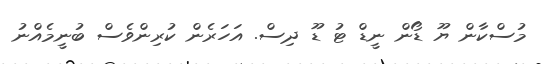
މުސްކާން ޔޫ ޑޯން ނީޑް ޓު ޑޫ ދިސް. އަހަރެން ކުރިންވެސް ބުނީމެއްނު